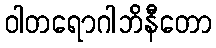
ဝါတရောဂါဘိနီတော